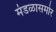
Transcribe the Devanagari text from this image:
मंडळासमोर